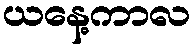
ယနေ့ကာလ